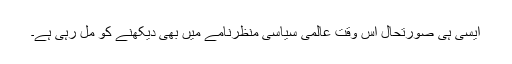
ایسی ہی صورتحال اس وقت عالمی سیاسی منظرنامے میں بھی دیکھنے کو مل رہی ہے۔